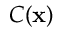
C ( \mathbf { x } )